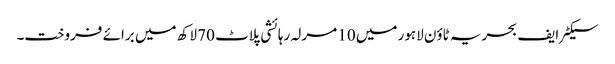
سیکٹر ایف بحریہ ٹاؤن لاہور میں 10 مرلہ رہائشی پلاٹ 70 لاکھ میں برائے فروخت۔